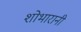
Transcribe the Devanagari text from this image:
शोभारानी